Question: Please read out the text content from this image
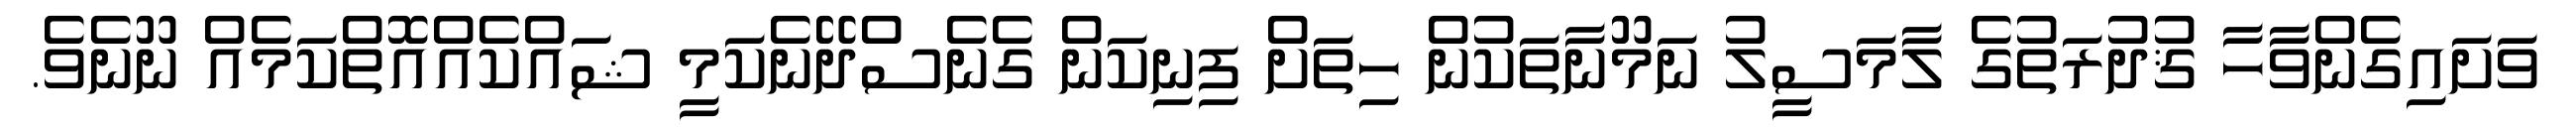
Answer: ވަށައިގެންވާހާ ޤުދުރަތުގެ ލާމަސީލު ނަމޫނާތަކުން ހިތަށް ފިނިކަން ގެނެސްދޭނެކަމީ ޝައްކެއްއޮތްކަމެއް ނޫނެވެ.